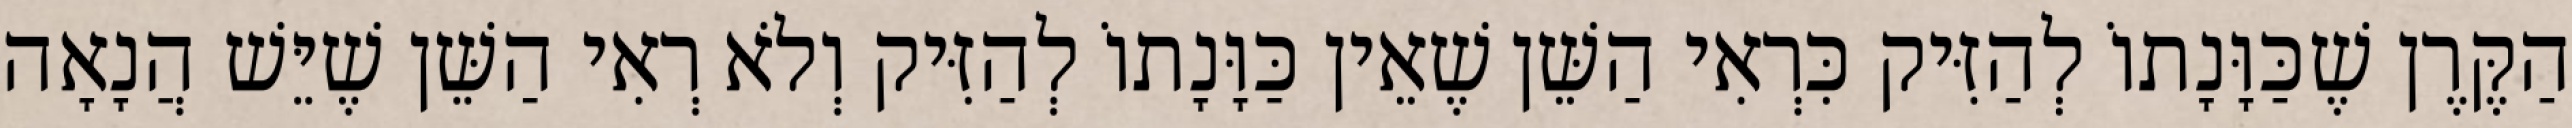
הַקֶּרֶן שֶׁכַּוָּנָתוֹ לְהַזִּיק כִּרְאִי הַשֵּׁן שֶׁאֵין כַּוָּנָתוֹ לְהַזִּיק וְלֹא רְאִי הַשֵּׁן שֶׁיֵּשׁ הֲנָאָה